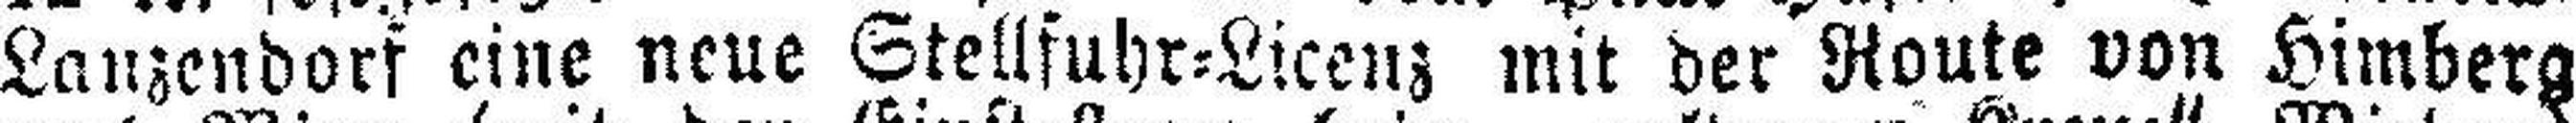
Lanzendorf eine neue Stellfuhr=Licenz mit der Route von Himberg